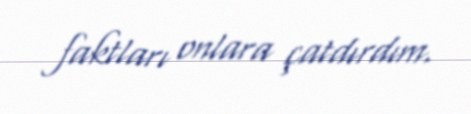
faktları onlara çatdırdım.